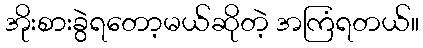
အိုးစားခွဲရတော့မယ်ဆိုတဲ့ အကြံရတယ်။